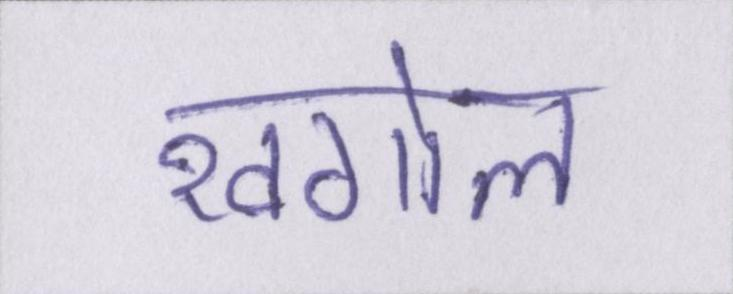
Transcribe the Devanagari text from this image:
खगोल